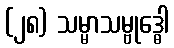
(၂၈) သမ္မာသမ္ဗုဒ္ဓေါ